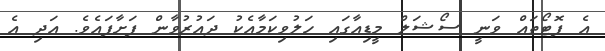
އެ ފޮޓޯތައް ވަނީ ސޯޝަލް މީޑިއާގައި ހަލުވިކަމާއެކު ދައުރުވާން ފަށާފައެވެ. އަދި އެ